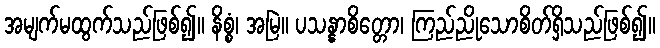
အမျက်မထွက်သည်ဖြစ်၍။ နိစ္စံ၊ အမြဲ။ ပသန္နာစိတ္တော၊ ကြည်ညိုသောစိတ်ရှိသည်ဖြစ်၍။